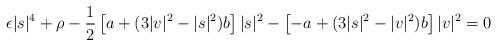
LaTeX: \begin{align*}\epsilon |s|^4+\rho -{1\over 2}\left[a+(3|v|^2-|s|^2)b\right]|s|^2-\left[-a+(3|s|^2-|v|^2)b\right]|v|^2=0\end{align*}